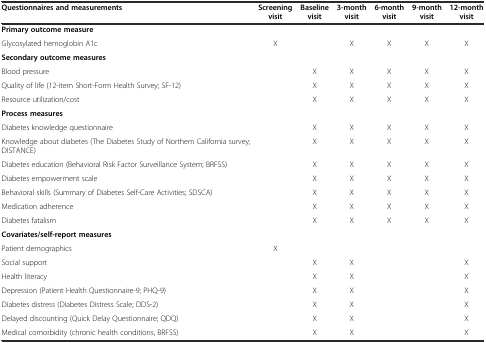
<table><thead><tr><td><b>Questionnaires and measurements</b></td><td><b>Screening visit</b></td><td><b>Baseline visit</b></td><td><b>3-month visit</b></td><td><b>6-month visit</b></td><td><b>9-month visit</b></td><td><b>12-month visit</b></td></tr></thead><tbody><tr><td><b>Primary outcome measure</b></td><td></td><td></td><td></td><td></td><td></td><td></td></tr><tr><td>Glycosylated hemoglobin A1c</td><td>X</td><td></td><td>X</td><td>X</td><td>X</td><td>X</td></tr><tr><td><b>Secondary outcome measures</b></td><td></td><td></td><td></td><td></td><td></td><td></td></tr><tr><td>Blood pressure</td><td></td><td>X</td><td>X</td><td>X</td><td>X</td><td>X</td></tr><tr><td>Quality of life (12-item Short-Form Health Survey; SF-12)</td><td></td><td>X</td><td>X</td><td>X</td><td>X</td><td>X</td></tr><tr><td>Resource utilization/cost</td><td></td><td>X</td><td>X</td><td>X</td><td>X</td><td>X</td></tr><tr><td><b>Process measures</b></td><td></td><td></td><td></td><td></td><td></td><td></td></tr><tr><td>Diabetes knowledge questionnaire</td><td></td><td>X</td><td>X</td><td>X</td><td>X</td><td>X</td></tr><tr><td>Knowledge about diabetes (The Diabetes Study of Northern California survey; DISTANCE)</td><td></td><td>X</td><td>X</td><td>X</td><td>X</td><td>X</td></tr><tr><td>Diabetes education (Behavioral Risk Factor Surveillance System; BRFSS)</td><td></td><td>X</td><td>X</td><td>X</td><td>X</td><td>X</td></tr><tr><td>Diabetes empowerment scale</td><td></td><td>X</td><td>X</td><td>X</td><td>X</td><td>X</td></tr><tr><td>Behavioral skills (Summary of Diabetes Self-Care Activities; SDSCA)</td><td></td><td>X</td><td>X</td><td>X</td><td>X</td><td>X</td></tr><tr><td>Medication adherence</td><td></td><td>X</td><td>X</td><td>X</td><td>X</td><td>X</td></tr><tr><td>Diabetes fatalism</td><td></td><td>X</td><td>X</td><td>X</td><td>X</td><td>X</td></tr><tr><td><b>Covariates/self-report measures</b></td><td></td><td></td><td></td><td></td><td></td><td></td></tr><tr><td>Patient demographics</td><td>X</td><td></td><td></td><td></td><td></td><td></td></tr><tr><td>Social support</td><td></td><td>X</td><td>X</td><td></td><td></td><td>X</td></tr><tr><td>Health literacy</td><td></td><td>X</td><td>X</td><td></td><td></td><td>X</td></tr><tr><td>Depression (Patient Health Questionnaire-9; PHQ-9)</td><td></td><td>X</td><td>X</td><td></td><td></td><td>X</td></tr><tr><td>Diabetes distress (Diabetes Distress Scale; DDS-2)</td><td></td><td>X</td><td>X</td><td></td><td></td><td>X</td></tr><tr><td>Delayed discounting (Quick Delay Questionnaire; QDQ)</td><td></td><td>X</td><td>X</td><td></td><td></td><td>X</td></tr><tr><td>Medical comorbidity (chronic health conditions, BRFSS)</td><td></td><td>X</td><td>X</td><td></td><td></td><td>X</td></tr></tbody></table>